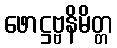
ဖောဋ္ဌဗ္ဗနိမိတ္တ